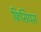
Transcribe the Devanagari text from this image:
फ्रिसियस